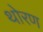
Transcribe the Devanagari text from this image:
थोरण